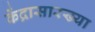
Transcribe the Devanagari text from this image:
केंद्रासारख्या